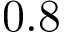
0 . 8